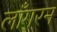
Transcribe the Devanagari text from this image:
लाँगरन